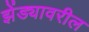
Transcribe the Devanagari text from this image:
झेंड्यावरील